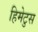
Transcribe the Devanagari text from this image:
हिमेटुस